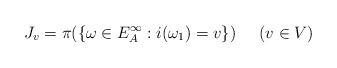
LaTeX: \begin{align*}J_v = \pi(\{\omega \in E_A^\infty : i(\omega_1) = v\}) \;\;\;\;\; (v\in V)\end{align*}